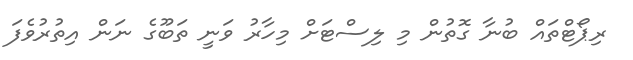
ރިޕޯޓްތައް ބުނާ ގޮތުން މި ލިސްޓަށް މިހާރު ވަނީ ތަބޫގެ ނަން އިތުރުވެފަ